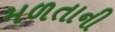
મળતાની